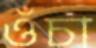
ওঁচা